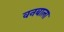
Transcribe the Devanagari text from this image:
वनबाला